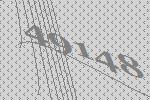
49148